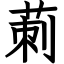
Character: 莿